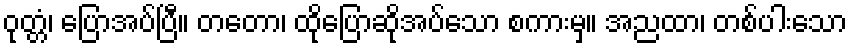
ဝုတ္တံ၊ ပြောအပ်ပြီ။ တတော၊ ထိုပြောဆိုအပ်သော စကားမှ။ အညထာ၊ တစ်ပါးသော